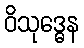
ဝိသုဒ္ဓေန